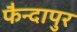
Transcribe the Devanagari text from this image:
फैन्दापुर